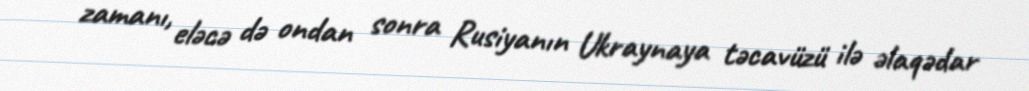
zamanı, eləcə də ondan sonra Rusiyanın Ukraynaya təcavüzü ilə əlaqədar